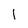
Character: l